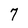
Character: 7